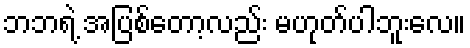
ဘဘရဲ့ အပြစ်တော့လည်း မဟုတ်ပါဘူးလေ။